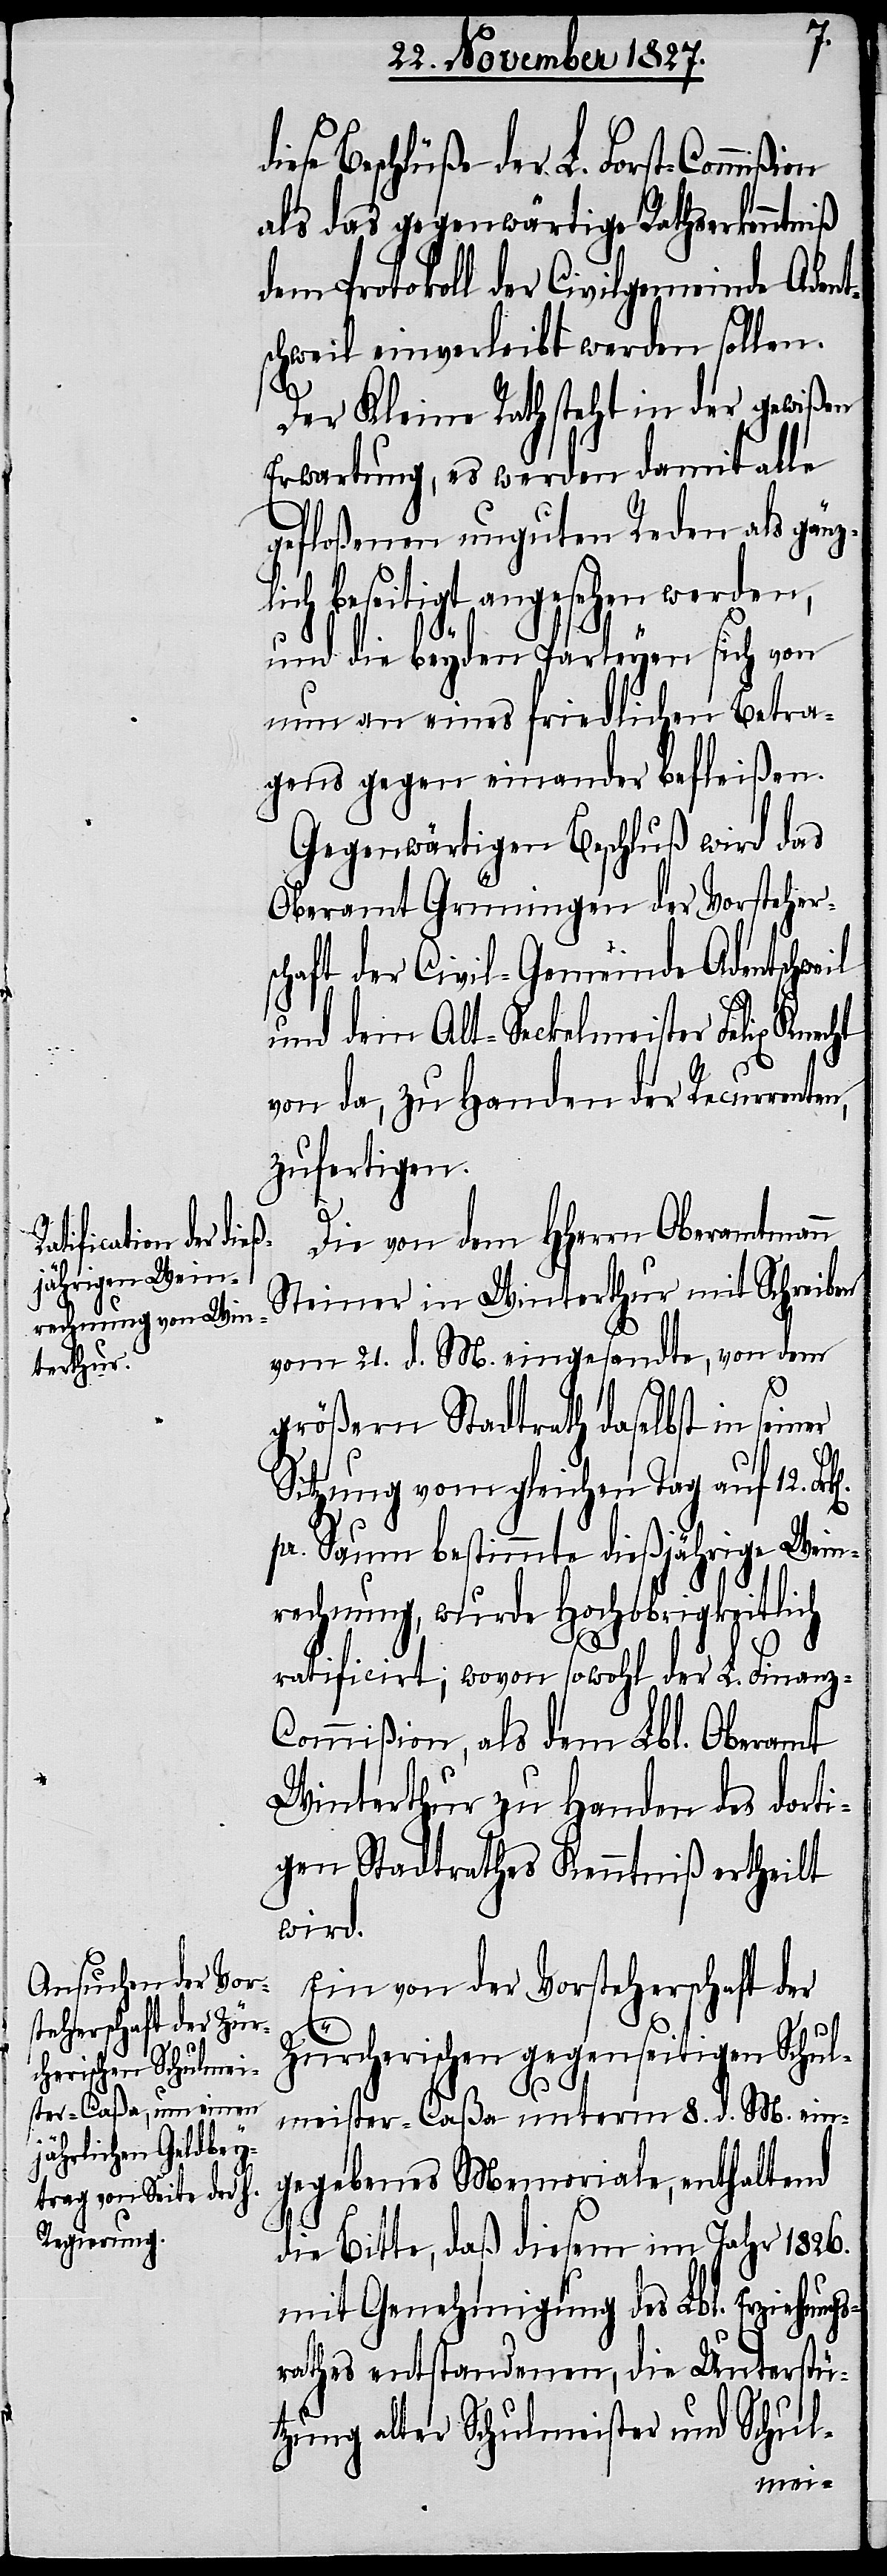
ese Beschlüße der L. Forst-Commißion
als das gegenwärtige Rathserkenntniß
dem Protokoll der Civilgemeinde Aden¬
schweil einverleibt werden sollen.
Der Kleine Rath steht in der gewißen
Erwartung, es werden damit alle
gefloßenen unguten Reden als gänz¬
lich beseitigt angesehen werden,
und die beyden Parteyen sich von
nun an eines friedlichen Betra¬
gens gegen einander befleißen.
Gegenwärtiger Beschluß wird das
Oberamt Grüningen der Vorstehers¬
chaft der Civil-Gemeinde Adentschweil
und dem Alt-Seckelmeister Felix Knec¬
von da, zu Handen der Recurren¬
zufertigen.
Die von dem HHerrn Oberamtmann
Steiner in Winterthur mit Schreiben
vom 21. d. M. eingesandte, von dem
größern Stadtrath daselbst in seiner
Sitzung von gleichen Tag auf 12.
pr. Saum bestimmte dießjährige Wein¬
rechnung, wurde Hochobrigkeitlich
s¬
ratificirt; wovon sowohl der L. Finanz-C¬
ommißion, als dem Lbl. Oberamt
Winterthur zu Handen des dorti¬
gen Stadtrathes Kenntniß ertheilt
wird.
Ein von der Vorsteherschaft der
Zürcherischen gegenseitigen Schul¬
meister-Caßa unterm 8. d. M. ein¬
gegebenes Memoriale, enthaltend
die Bitte, daß diesem im Jahr 1826.
mit Genehmigung des Lbl. Erziehung¬
rathes entstandenen, die Unterstü¬
tzung alter Schulmeister und Schul-
ten,